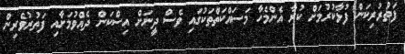
ފަތުރުރިކަން ފުޅާކުރުމަށް ކުރާ އެންމެހާ މަސައްކަތްތަކުގައި ވެސް ދީނަށް އިސްކަން ދެއްވުމަށާއި ފަތުރުވެރިން